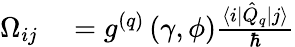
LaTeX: \begin{array}{rl}{\Omega_{ij}}&{{}=g^{(q)}\left(\gamma,\phi\right)\frac{\langle i\rvert\hat{Q}_{q}\lvert j\rangle}{\hbar}}\end{array}